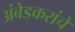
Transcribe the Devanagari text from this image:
अंबेडकरांचे